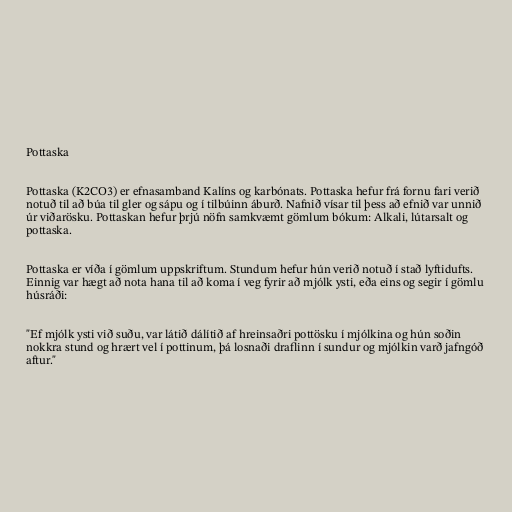
Pottaska

Pottaska (K2CO3) er efnasamband Kalíns og karbónats. Pottaska hefur frá fornu fari verið
notuð til að búa til gler og sápu og í tilbúinn áburð. Nafnið vísar til þess að efnið var unnið
úr viðarösku. Pottaskan hefur þrjú nöfn samkvæmt gömlum bókum: Alkali, lútarsalt og
pottaska.

Pottaska er víða í gömlum uppskriftum. Stundum hefur hún verið notuð í stað lyftidufts.
Einnig var hægt að nota hana til að koma í veg fyrir að mjólk ysti, eða eins og segir í gömlu
húsráði:

"Ef mjólk ysti við suðu, var látið dálítið af hreinsaðri pottösku í mjólkina og hún soðin
nokkra stund og hrært vel í pottinum, þá losnaði draflinn í sundur og mjólkin varð jafngóð
aftur."